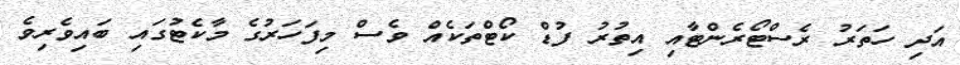
އަދި ހަތަރު ރެސްޓޯރެންޓާއި އިތުރު ފުޑް ކޯޓްތަކެއް ވެސް މިފަހަރުގެ މާކެޓުގައި ބައިވެރިވެ